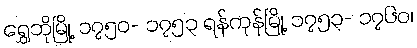
ရွှေဘိုမြို့ ၁၇၅၀- ၁၇၅၃ ရန်ကုန်မြို့ ၁၇၅၃- ၁၇၆၀၊